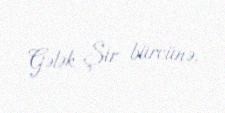
Gələk Şir bürcünə.